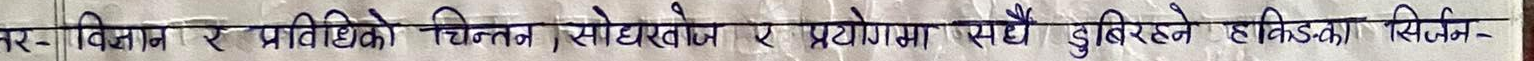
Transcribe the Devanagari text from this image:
उत्तर- विज्ञान र प्रविधिको चिन्तन, सोधखोज र प्रयोगमा सधैं डुबिरहने हुनुपर्छ। सिर्जन-